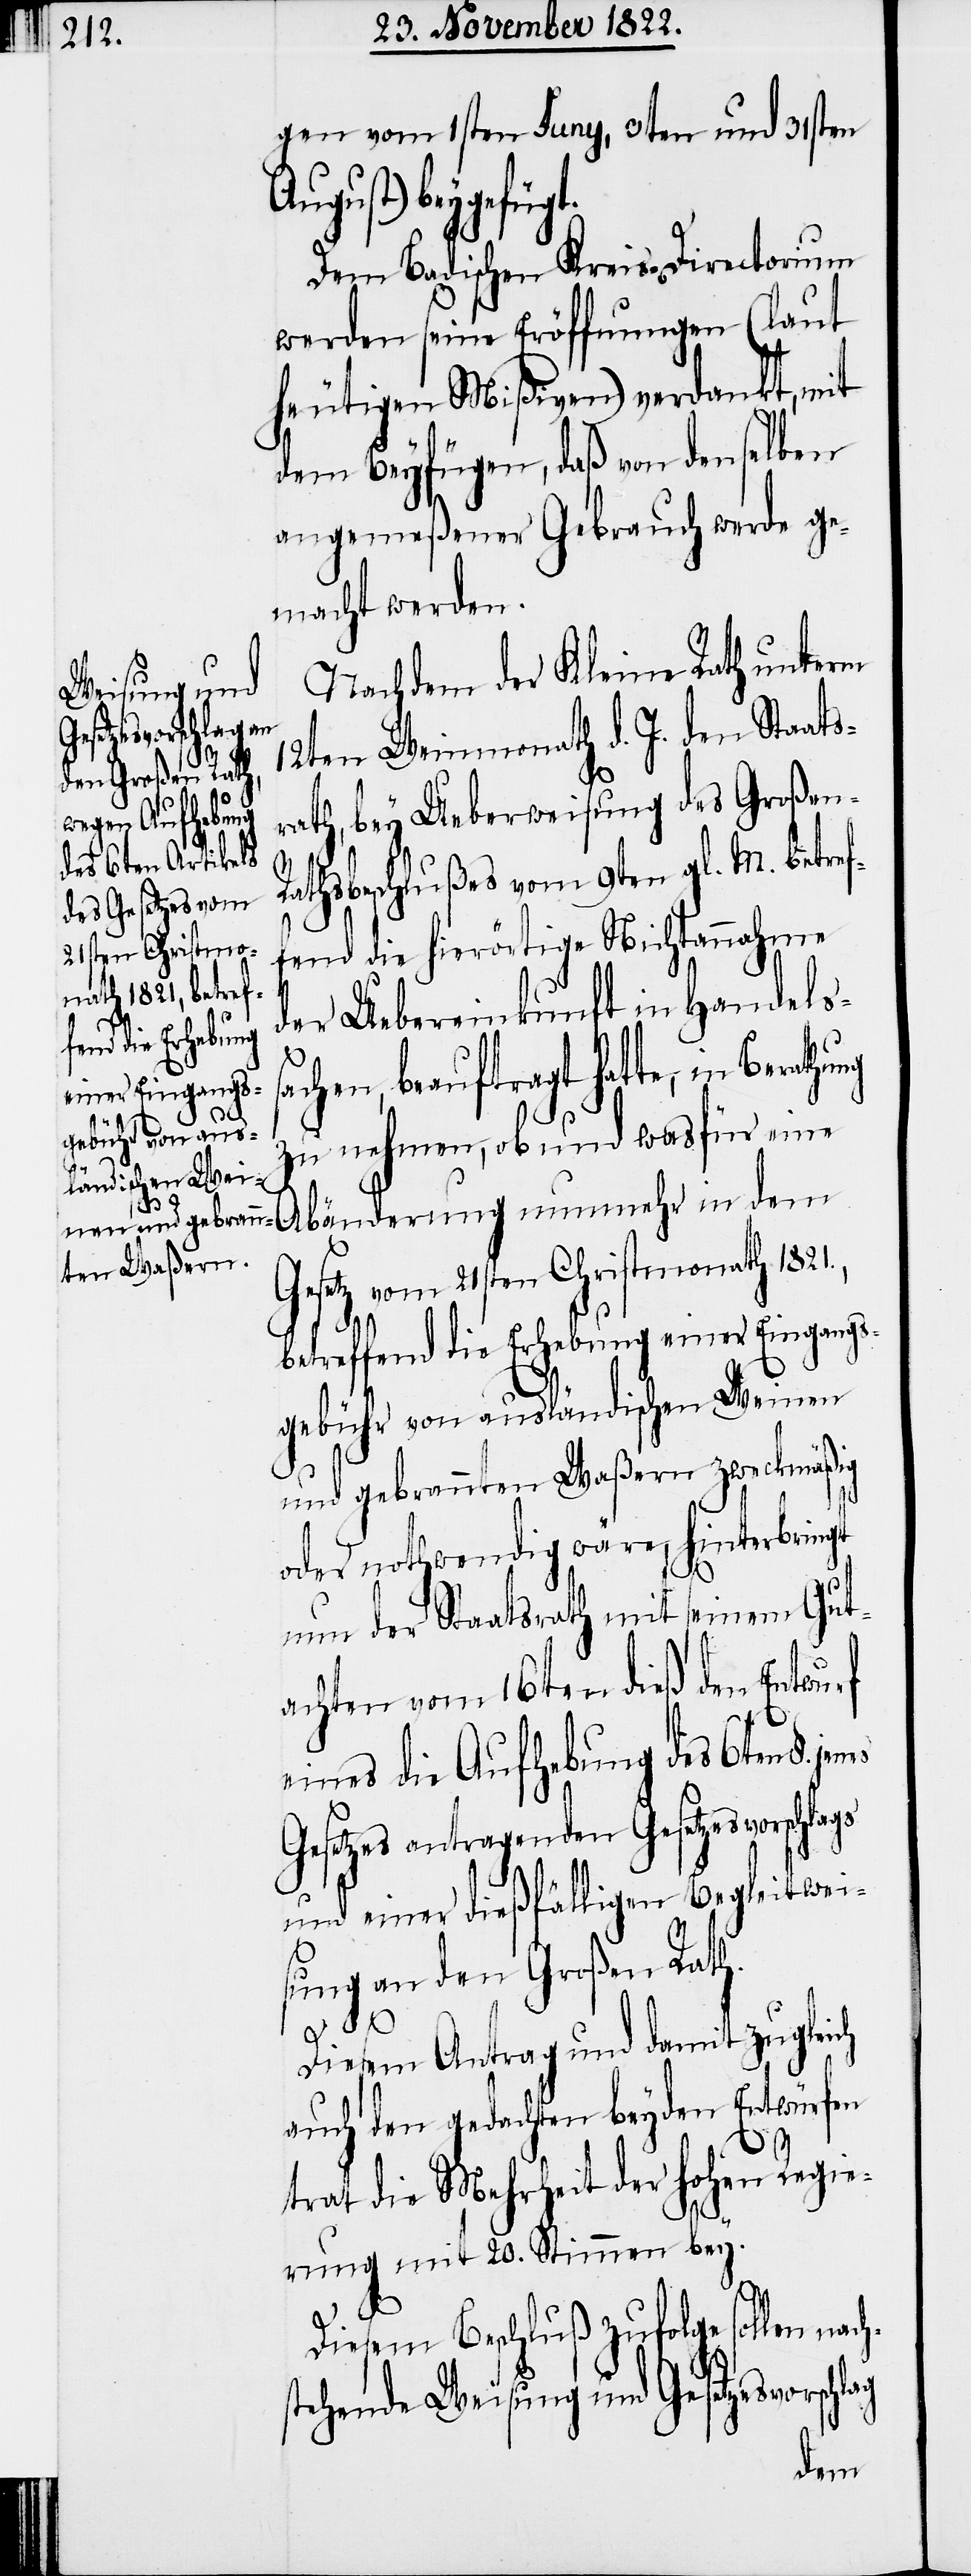
gen vom 1sten Juny, 3ten und 31sten
August) beygefüg¬
Dem Badischen Kreis-Directorium
werden seine Eröffnungen (laut
heutigen Mißiven) verdankt, mit
dem Beyfügen, daß von denselben
angemeßener Gebrauch werde ge¬
macht werden.
Nachdem der Kleine Rath unterm
12ten Weinmonath d. J. den Staats¬
rath, bey Ueberweisung des Großen
Rathsbeschlußes vom 9ten gl. M. betref¬
fend die hierörtige Nichtannahme
der Uebereinkunft in Handels¬
achen, beauftragt hatte, in Berat¬
zu nehmen, ob und wasfür eine
Abänderung nunmehr in dem
Gesetz vom 21sten Christmonath 1821.,
betreffend die Erhebung einer Eingangs¬
gebühr von ausländischen Weinen
hung
und gebrannten Waßern zweckmäßig
oder nothwendig wäre, hinterbringt
nun der Staatsrath mit seinem Gut¬
achten vom 16ten dieß den Entwurf
eines die Aufhebung des 6ten
Gesetzes antragenden Gesetzesvorschlags
und einer dießfälligen Begleitwei¬
sung an den Großen Rath.
Diesem Antrag und damit zugleich
auch den gedachten beyden Entwürfen
s¬
h¬
trat die Mehrheit der hohen Regie¬
rung mit 20. Stimmen bey.
Diesem Beschluß zufolge sollen nac¬
stehende Weisung und Gesetzesvorschlag